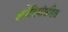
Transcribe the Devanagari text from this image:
ज्ञानेंद्रियांसहित